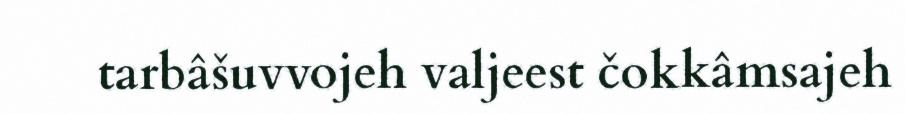
tarbâšuvvojeh valjeest čokkâmsajeh